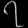
Digit: ၇